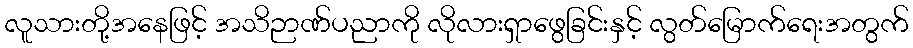
လူသားတို့အနေဖြင့် အသိဉာဏ်ပညာကို လိုလားရှာဖွေခြင်းနှင့် လွတ်မြောက်ရေးအတွက်